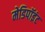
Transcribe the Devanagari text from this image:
मेडिपॉइंट